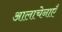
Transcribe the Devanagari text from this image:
आलाचेनाएँ